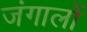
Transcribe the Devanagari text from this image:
जंगालों